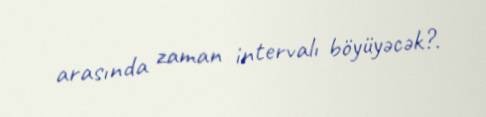
arasında zaman intervalı böyüyəcək?.